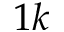
1 k